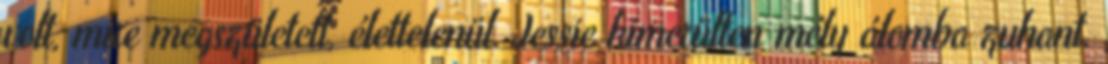
volt, mire megszületett, élettelenül. Jessie kimerülten mély álomba zuhant.